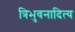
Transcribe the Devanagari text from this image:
त्रिभुवनादित्य